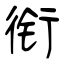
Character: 衔